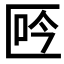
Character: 𠤾